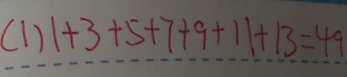
( 1 ) 1 + 3 + 5 + 7 + 1 1 + 1 3 = 4 9